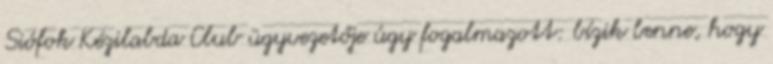
Siófok Kézilabda Club ügyvezetője úgy fogalmazott: bízik benne, hogy